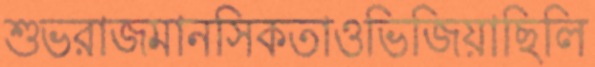
শুভরাজমানসিকতাওভিজিয়াছিলি